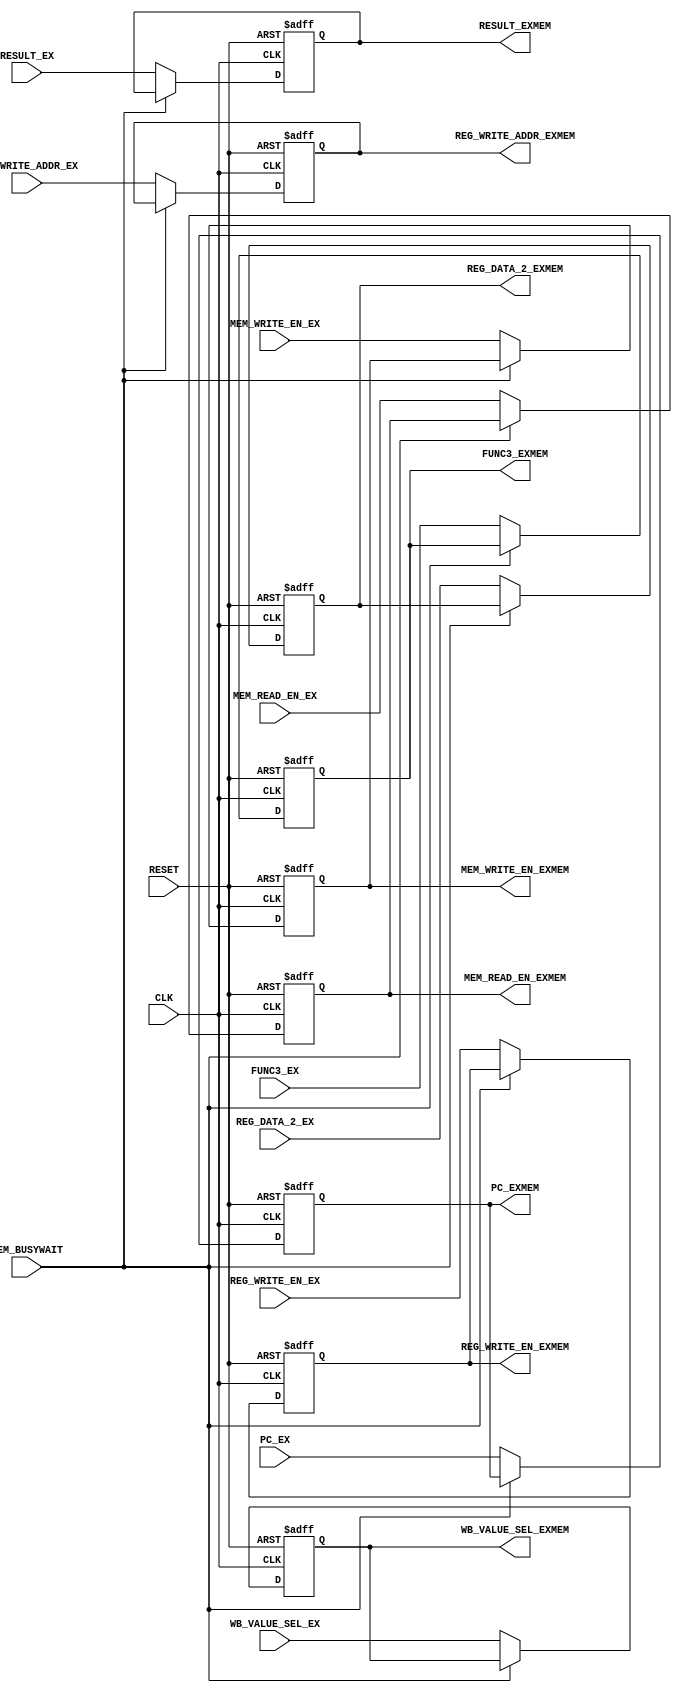
module ex_mem_reg(
    // inputs
    input CLK,
    input RESET,
    input MEM_BUSYWAIT,
    input REG_WRITE_EN_EX, //  wrten_reg
    input [1:0] WB_VALUE_SEL_EX, // ALU_RESULT, MEM, PC + 4
    input MEM_READ_EN_EX, // d_mem_r
    input MEM_WRITE_EN_EX, // d_mem_w
    input [31:0] PC_EX,
    input [31:0] RESULT_EX,
    input [31:0] REG_DATA_2_EX,
    input [2:0] FUNC3_EX,
    input [4:0] REG_WRITE_ADDR_EX,
    // outputs
    output reg REG_WRITE_EN_EXMEM,
    output reg [1:0] WB_VALUE_SEL_EXMEM,
    output reg MEM_READ_EN_EXMEM,
    output reg MEM_WRITE_EN_EXMEM,
    output reg [31:0] PC_EXMEM,
    output reg [31:0] RESULT_EXMEM,
    output reg [31:0] REG_DATA_2_EXMEM,
    output reg [2:0] FUNC3_EXMEM,
    output reg [4:0] REG_WRITE_ADDR_EXMEM
);

    always @(posedge CLK, posedge RESET)
    begin
    if(RESET)begin
      REG_WRITE_EN_EXMEM <= 1'd0;
      WB_VALUE_SEL_EXMEM <= 2'd0;
      MEM_READ_EN_EXMEM <= 1'b0;
      MEM_WRITE_EN_EXMEM <= 1'b0;
      PC_EXMEM <= 31'b0;
      RESULT_EXMEM <= 31'b0;
      REG_DATA_2_EXMEM<= 31'b0;
      FUNC3_EXMEM <= 3'd0;
      REG_WRITE_ADDR_EXMEM <= 5'd0;
    end else if (!MEM_BUSYWAIT) begin
      REG_WRITE_EN_EXMEM <= REG_WRITE_EN_EX;
      WB_VALUE_SEL_EXMEM <= WB_VALUE_SEL_EX;
      MEM_READ_EN_EXMEM <= MEM_READ_EN_EX;
      MEM_WRITE_EN_EXMEM <= MEM_WRITE_EN_EX;
      PC_EXMEM <= PC_EX;
      RESULT_EXMEM <= RESULT_EX;
      REG_DATA_2_EXMEM<= REG_DATA_2_EX;
      FUNC3_EXMEM <= FUNC3_EX;
      REG_WRITE_ADDR_EXMEM <= REG_WRITE_ADDR_EX;
    end

  end

endmodule